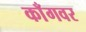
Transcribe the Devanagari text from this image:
काँगवर